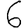
Digit: 6